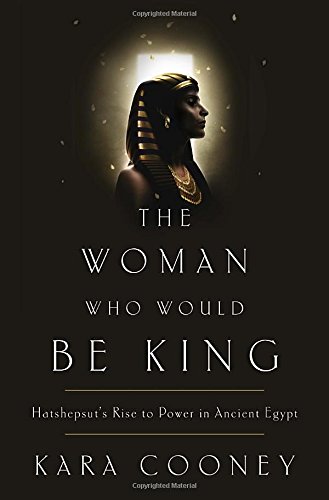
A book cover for The Woman Who Would Be King: Hatshepsut's Rise to Power in Ancient Egypt; Kara Cooney; Biographies & Memoirs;